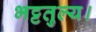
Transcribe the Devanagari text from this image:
भट्टतुल्य।